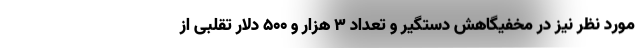
مورد نظر نیز در مخفیگاهش دستگیر و تعداد ۳ هزار و ۵۰۰ دلار تقلبی از